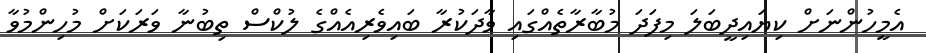
އެމީހުންނަށް ކިޔައިދީބަލަ މިފަދަ މުބާރާތެއްގައި ވާދަކުރާ ބައިވެރިއެއްގެ ލުކްސް ތިބުނާ ވަރަކަށް މުހިންމުވާ